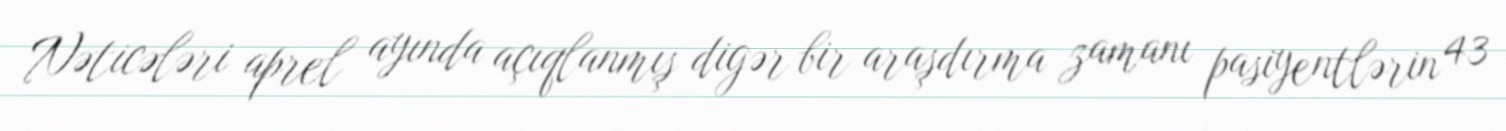
Nəticələri aprel ayında açıqlanmış digər bir araşdırma zamanı pasiyentlərin 43